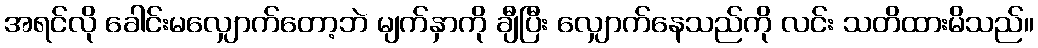
အရင်လို ခေါင်းမလျှောက်တော့ဘဲ မျက်နှာကို ချီပြီး လျှောက်နေသည်ကို လင်း သတိထားမိသည်။